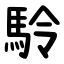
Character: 駖